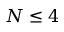
N \leq 4